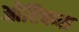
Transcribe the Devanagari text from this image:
ओप्टिकस